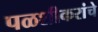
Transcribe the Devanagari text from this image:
पळशीकरांचे